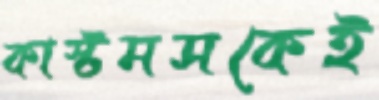
কাস্টমসকেই